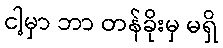
ငါ့မှာ ဘာ တန်ခိုးမှ မရှိ